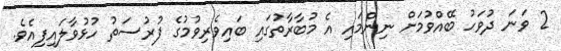
2 ވަނަ ދުވަހު ބޭއްވުމަށް ނިންމައި އެ މުބާރާތުގައި ބައިވެރިވުމުގެ ފުރުސަތު ހުޅުވާލައިފިއެވެ.